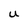
Character: U